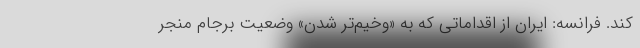
کند. فرانسه: ایران از اقداماتی که به «وخیم‌تر شدن» وضعیت برجام منجر